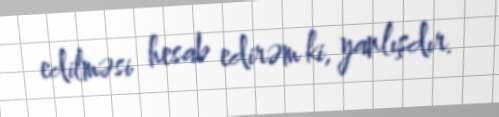
edilməsi hesab edirəm ki, yanlışdır.